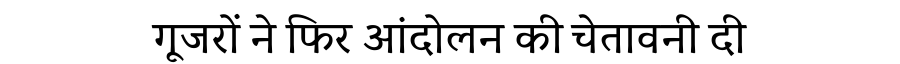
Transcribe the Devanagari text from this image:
गूजरों ने फिर आंदोलन की चेतावनी दी